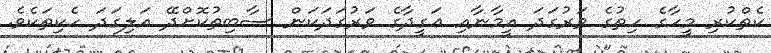
ކެތްކުރި މީހާގެ ހިތުގެ ވަރުގަދަ އީމާނާއި ޢަގީދާގެ ވަރުގަދަކަން ސާބިތުކޮށްދޭ އަލިގަދަ ހެކިތަކެވެ.